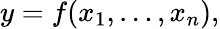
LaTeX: y=f(x_{1},\dots,x_{n}),